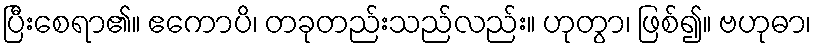
ပြီးစေရာ၏။ ဧကောပိ၊ တခုတည်းသည်လည်း။ ဟုတွာ၊ ဖြစ်၍။ ဗဟုဓာ၊